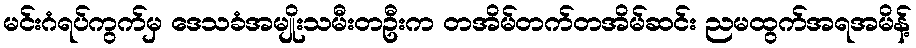
မင်းဂံရပ်ကွက်မှ ဒေသခံအမျိုးသမီးတဦးက တအိမ်တက်တအိမ်ဆင်း ညမထွက်အရအမိန့်